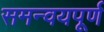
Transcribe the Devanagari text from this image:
समन्वयपूर्ण